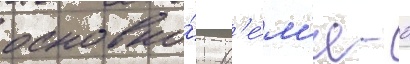
основно́е вр'е́м'я - 0